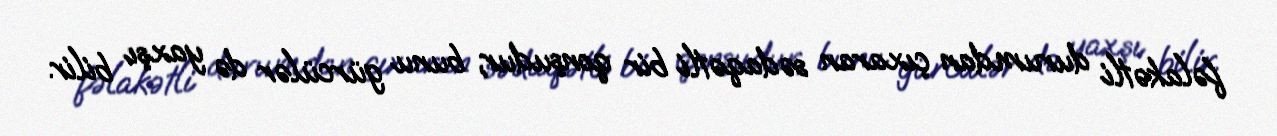
fəlakətli durumdan çıxaran sədaqətli bir qonşudur, bunu gürcülər də yaxşı bilir.